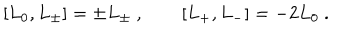
[ L _ { 0 } , L _ { \pm } ] = \pm L _ { \pm } \ , \qquad [ L _ { + } , L _ { - } ] = - 2 L _ { 0 } \ .